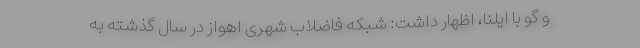
و گو با ایلنا، اظهار داشت: شبکه فاضلاب شهری اهواز در سال گذشته به